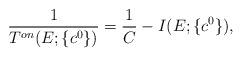
LaTeX: \begin{align*}\displaystyle\frac 1{T^{on}(E;\{c^0\})}=\displaystyle\frac 1C-I(E;\{c^0\}),\end{align*}